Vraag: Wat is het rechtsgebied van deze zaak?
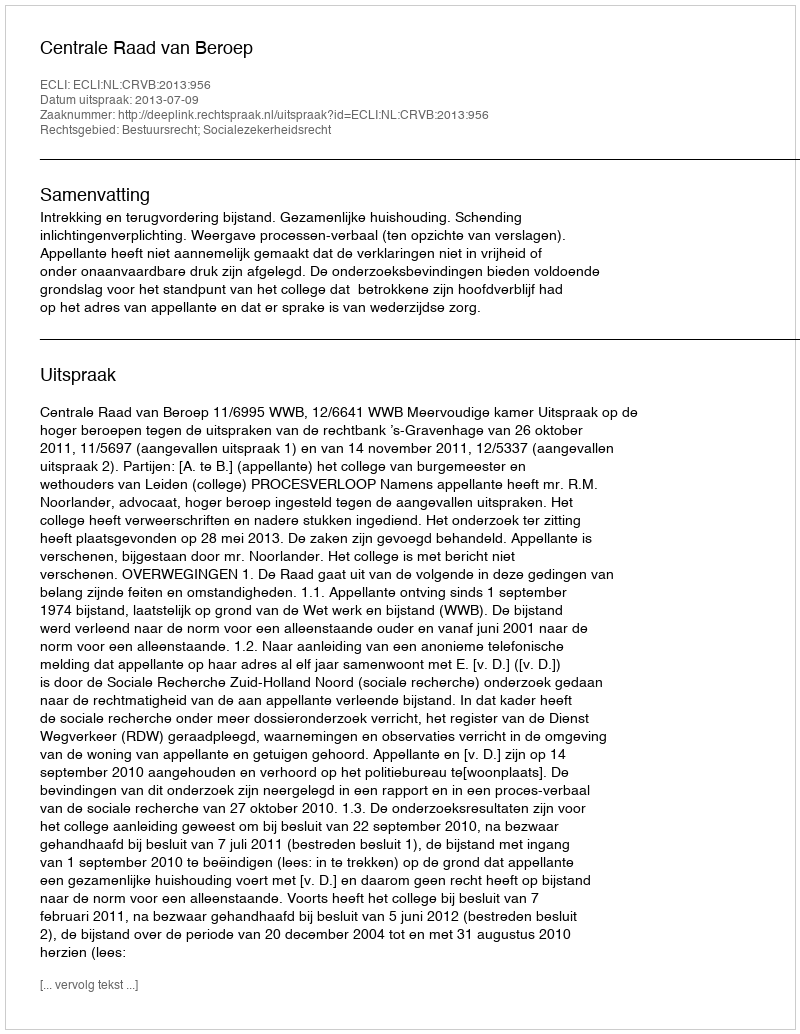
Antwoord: Bestuursrecht; Socialezekerheidsrecht